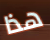
هذا